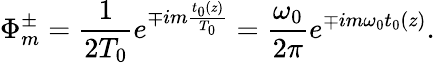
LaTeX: \Phi_{m}^{\pm}=\frac{1}{2T_{0}}e^{\mp im\frac{t_{0}(z)}{T_{0}}}=\frac{\omega_{0}}{2\pi}e^{\mp im\omega_{0}t_{0}(z)}.